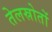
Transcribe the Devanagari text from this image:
तेलस्रोतों